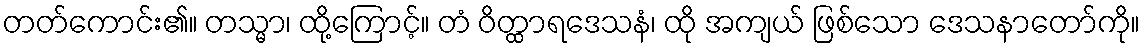
တတ်ကောင်း၏။ တသ္မာ၊ ထို့ကြောင့်။ တံ ဝိတ္ထာရဒေသနံ၊ ထို အကျယ် ဖြစ်သော ဒေသနာတော်ကို။